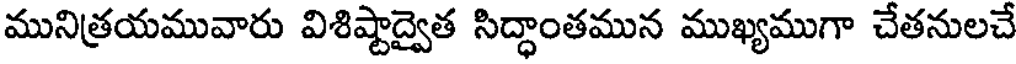
మునిత్రయమువారు విశిష్టాద్వైత సిద్ధాంతమున ముఖ్యముగా చేతనులచే